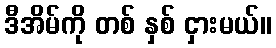
ဒီအိမ်ကို တစ် နှစ် ငှားမယ်။